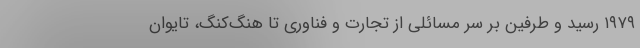
۱۹۷۹ رسید و طرفین بر سر مسائلی از تجارت و فناوری تا هنگ‌کنگ، تایوان